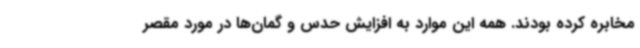
مخابره کرده بودند. همه این موارد به افزایش حدس و گمان‌ها در مورد مقصر